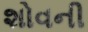
શોવની